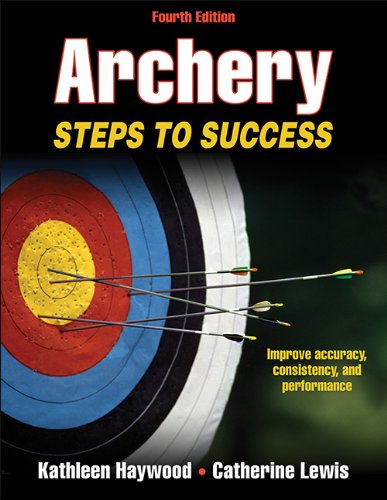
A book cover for Archery-4th Edition: Steps to Success (Steps to Success Sports); Kathleen Haywood; Sports & Outdoors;